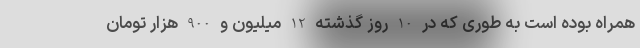
همراه بوده است به طوری که در 10 روز گذشته 12 میلیون و 900 هزار تومان